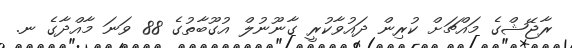
ރާޖޭޝްގެ މައްޗަށް ކުރިން ދައުވާކުރީ ގާނޫނުލް އުގޫބާތުގެ 88 ވަނަ މާއްދާގެ ނ.